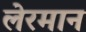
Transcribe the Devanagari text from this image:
लेरमान